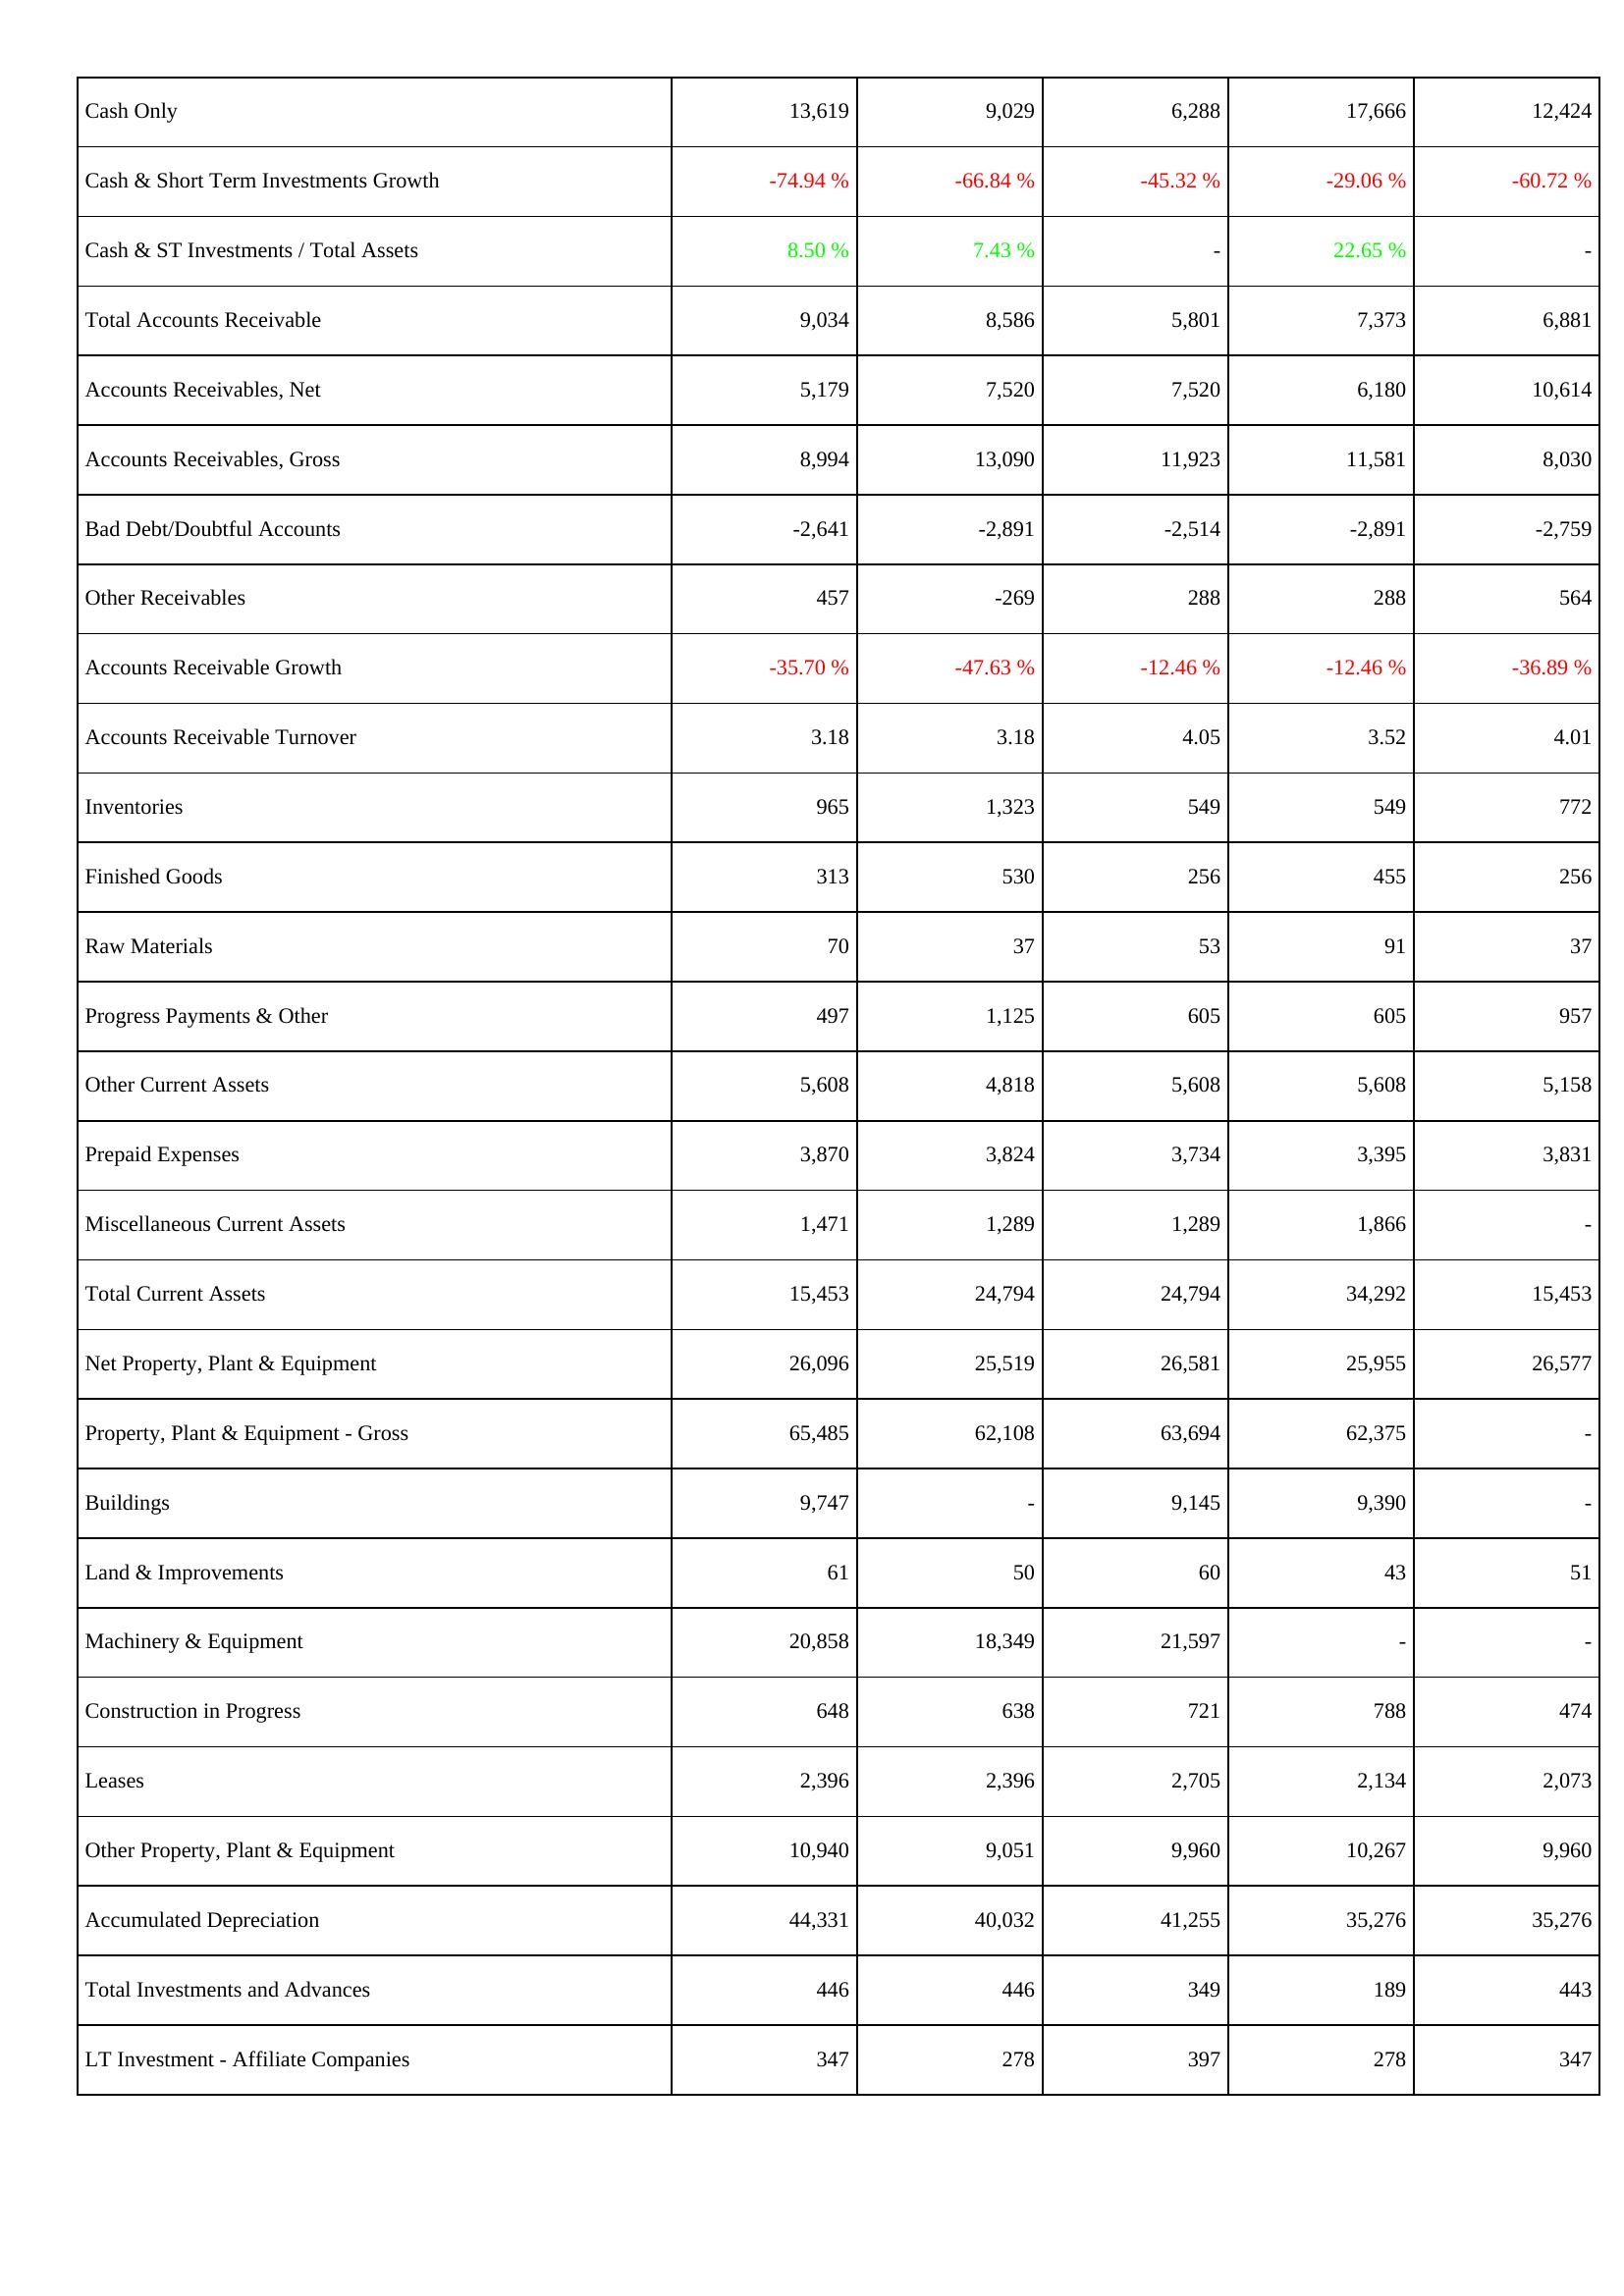
2009: Assets: Cash Only: 13,619
Cash & Short Term Investments Growth: -74.94 %
Cash & ST Investments / Total Assets: 8.50 %
Total Accounts Receivable: 9,034
Accounts Receivables, Net: 5,179
Accounts Receivables, Gross: 8,994
Bad Debt/Doubtful Accounts: -2,641
Other Receivables: 457
Accounts Receivable Growth: -35.70 %
Accounts Receivable Turnover: 3.18
Inventories: 965
Finished Goods: 313
Raw Materials: 70
Progress Payments & Other: 497
Other Current Assets: 5,608
Prepaid Expenses: 3,870
Miscellaneous Current Assets: 1,471
Total Current Assets: 15,453
Net Property, Plant & Equipment: 26,096
Property, Plant & Equipment - Gross: 65,485
Buildings: 9,747
Land & Improvements: 61
Machinery & Equipment: 20,858
Construction in Progress: 648
Leases: 2,396
Other Property, Plant & Equipment: 10,940
Accumulated Depreciation: 44,331
Total Investments and Advances: 446
LT Investment - Affiliate Companies: 347
2008: Assets: Cash Only: 9,029
Cash & Short Term Investments Growth: -66.84 %
Cash & ST Investments / Total Assets: 7.43 %
Total Accounts Receivable: 8,586
Accounts Receivables, Net: 7,520
Accounts Receivables, Gross: 13,090
Bad Debt/Doubtful Accounts: -2,891
Other Receivables: -269
Accounts Receivable Growth: -47.63 %
Accounts Receivable Turnover: 3.18
Inventories: 1,323
Finished Goods: 530
Raw Materials: 37
Progress Payments & Other: 1,125
Other Current Assets: 4,818
Prepaid Expenses: 3,824
Miscellaneous Current Assets: 1,289
Total Current Assets: 24,794
Net Property, Plant & Equipment: 25,519
Property, Plant & Equipment - Gross: 62,108
Buildings: -
Land & Improvements: 50
Machinery & Equipment: 18,349
Construction in Progress: 638
Leases: 2,396
Other Property, Plant & Equipment: 9,051
Accumulated Depreciation: 40,032
Total Investments and Advances: 446
LT Investment - Affiliate Companies: 278
2007: Assets: Cash Only: 6,288
Cash & Short Term Investments Growth: -45.32 %
Cash & ST Investments / Total Assets: -
Total Accounts Receivable: 5,801
Accounts Receivables, Net: 7,520
Accounts Receivables, Gross: 11,923
Bad Debt/Doubtful Accounts: -2,514
Other Receivables: 288
Accounts Receivable Growth: -12.46 %
Accounts Receivable Turnover: 4.05
Inventories: 549
Finished Goods: 256
Raw Materials: 53
Progress Payments & Other: 605
Other Current Assets: 5,608
Prepaid Expenses: 3,734
Miscellaneous Current Assets: 1,289
Total Current Assets: 24,794
Net Property, Plant & Equipment: 26,581
Property, Plant & Equipment - Gross: 63,694
Buildings: 9,145
Land & Improvements: 60
Machinery & Equipment: 21,597
Construction in Progress: 721
Leases: 2,705
Other Property, Plant & Equipment: 9,960
Accumulated Depreciation: 41,255
Total Investments and Advances: 349
LT Investment - Affiliate Companies: 397
2006: Assets: Cash Only: 17,666
Cash & Short Term Investments Growth: -29.06 %
Cash & ST Investments / Total Assets: 22.65 %
Total Accounts Receivable: 7,373
Accounts Receivables, Net: 6,180
Accounts Receivables, Gross: 11,581
Bad Debt/Doubtful Accounts: -2,891
Other Receivables: 288
Accounts Receivable Growth: -12.46 %
Accounts Receivable Turnover: 3.52
Inventories: 549
Finished Goods: 455
Raw Materials: 91
Progress Payments & Other: 605
Other Current Assets: 5,608
Prepaid Expenses: 3,395
Miscellaneous Current Assets: 1,866
Total Current Assets: 34,292
Net Property, Plant & Equipment: 25,955
Property, Plant & Equipment - Gross: 62,375
Buildings: 9,390
Land & Improvements: 43
Machinery & Equipment: -
Construction in Progress: 788
Leases: 2,134
Other Property, Plant & Equipment: 10,267
Accumulated Depreciation: 35,276
Total Investments and Advances: 189
LT Investment - Affiliate Companies: 278
2005: Assets: Cash Only: 12,424
Cash & Short Term Investments Growth: -60.72 %
Cash & ST Investments / Total Assets: -
Total Accounts Receivable: 6,881
Accounts Receivables, Net: 10,614
Accounts Receivables, Gross: 8,030
Bad Debt/Doubtful Accounts: -2,759
Other Receivables: 564
Accounts Receivable Growth: -36.89 %
Accounts Receivable Turnover: 4.01
Inventories: 772
Finished Goods: 256
Raw Materials: 37
Progress Payments & Other: 957
Other Current Assets: 5,158
Prepaid Expenses: 3,831
Miscellaneous Current Assets: -
Total Current Assets: 15,453
Net Property, Plant & Equipment: 26,577
Property, Plant & Equipment - Gross: -
Buildings: -
Land & Improvements: 51
Machinery & Equipment: -
Construction in Progress: 474
Leases: 2,073
Other Property, Plant & Equipment: 9,960
Accumulated Depreciation: 35,276
Total Investments and Advances: 443
LT Investment - Affiliate Companies: 347